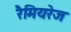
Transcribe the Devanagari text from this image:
रैमियरेज